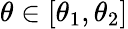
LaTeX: \theta\in[\theta_{1},\theta_{2}]